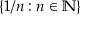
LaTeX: \{ 1 / n : n \in \mathbb { N } \}